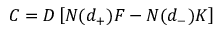
C = D \left[ N ( d _ { + } ) F - N ( d _ { - } ) K \right]